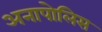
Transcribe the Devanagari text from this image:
अनापोलिस